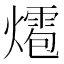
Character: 𤐊